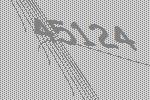
45124